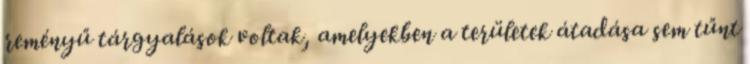
reményű tárgyalások voltak, amelyekben a területek átadása sem tűnt